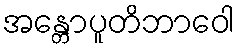
အန္တောပူတိဘာဝေါ